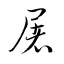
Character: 屠